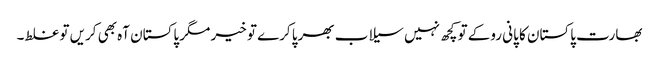
بھارت پاکستان کا پانی روکے تو کچھ نہیں سیلاب بھرپا کرے تو خیر مگر پاکستان آہ بھی کریں تو غلط۔